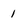
Character: I